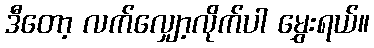
ဒီတော့ လက်လျှော့လိုက်ပါ မွှေးရယ်။